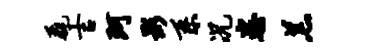
毳吉珂影系况恣羔